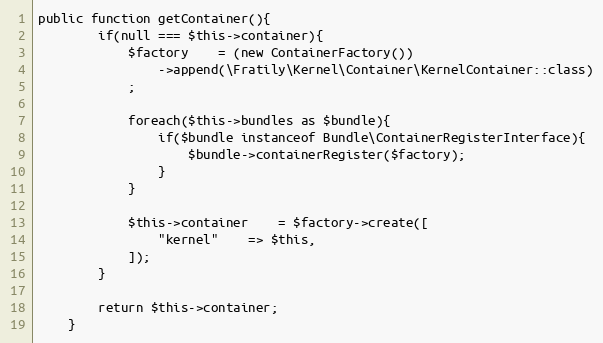
Language: PHP
public function getContainer(){
        if(null === $this->container){
            $factory    = (new ContainerFactory())
                ->append(\Fratily\Kernel\Container\KernelContainer::class)
            ;

            foreach($this->bundles as $bundle){
                if($bundle instanceof Bundle\ContainerRegisterInterface){
                    $bundle->containerRegister($factory);
                }
            }

            $this->container    = $factory->create([
                "kernel"    => $this,
            ]);
        }

        return $this->container;
    }